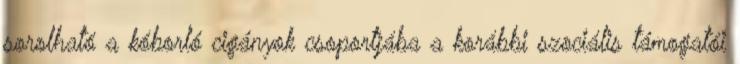
sorolható a kóborló cigányok csoportjába a korábbi szociális támogatói